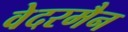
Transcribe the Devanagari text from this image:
वेदरमैन